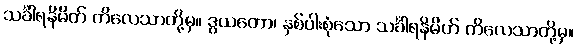
သင်္ခါရနိမိတ် ကိလေသာတို့မှ။ ဒွယတော၊ နှစ်ပါးစုံသော သင်္ခါရနိမိတ် ကိလေသာတို့မှ။